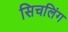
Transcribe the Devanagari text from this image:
सिचलिंग